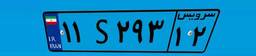
۱۱S۲۹۳۱۲